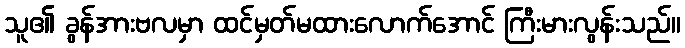
သူ၏ ခွန်အားဗလမှာ ထင်မှတ်မထားလောက်အောင် ကြီးမားလွန်းသည်။